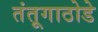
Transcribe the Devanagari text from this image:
तंतूगाठोडे